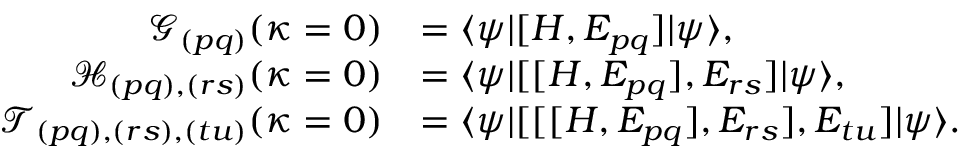
\begin{array} { r l } { \mathcal { G } _ { ( p q ) } ( \kappa = 0 ) } & { = \ensuremath { \langle { \psi } \rvert } [ H , E _ { p q } ] \ensuremath { \lvert { \psi } \rangle } , } \\ { \mathcal { H } _ { ( p q ) , ( r s ) } ( \kappa = 0 ) } & { = \ensuremath { \langle { \psi } \rvert } [ [ H , E _ { p q } ] , E _ { r s } ] \ensuremath { \lvert { \psi } \rangle } , } \\ { \mathcal { T } _ { ( p q ) , ( r s ) , ( t u ) } ( \kappa = 0 ) } & { = \ensuremath { \langle { \psi } \rvert } [ [ [ H , E _ { p q } ] , E _ { r s } ] , E _ { t u } ] \ensuremath { \lvert { \psi } \rangle } . } \end{array}